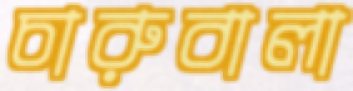
চারুবালা